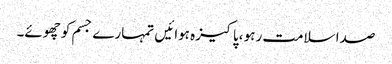
صدا سلامت رہو ،پاکیزہ ہوائیں تمہارے جسم کو چھوئے۔